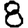
Digit: 8